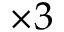
\times 3